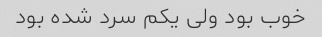
خوب بود ولی یکم سرد شده بود